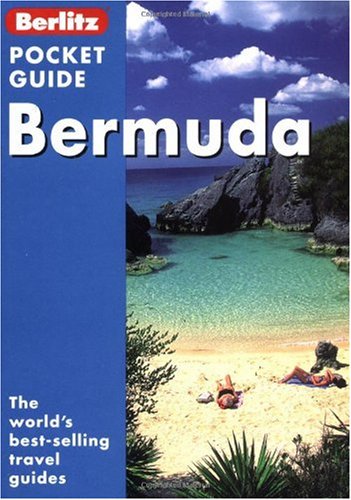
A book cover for BERMUDA POCKET GUIDE, 2nd Edition (Pocket Guides); Berlitz Guides; Travel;